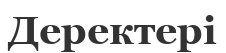
Деректері